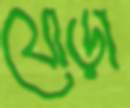
যোড়া